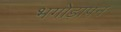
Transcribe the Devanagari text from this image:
भगोड़ापन